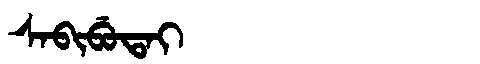
Manchu: ᠰᠠᠪᡳᠪᡠᡨᠠᡳ
Romanization: SABIBUTAI